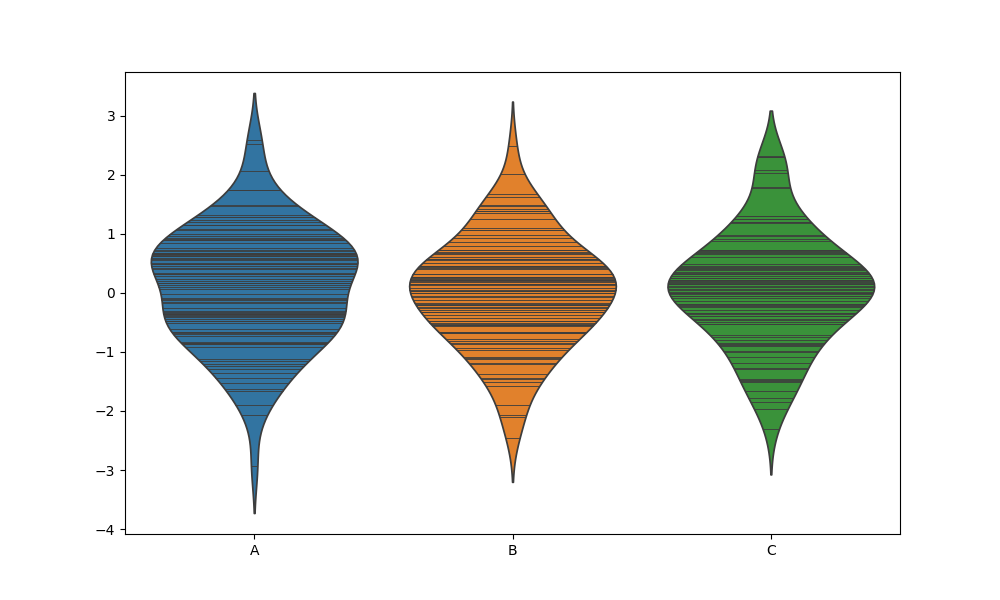
python, seaborn, violinplot, scale='width', split='False', inner='stick', fill='True'